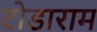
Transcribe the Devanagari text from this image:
टोडाराम